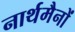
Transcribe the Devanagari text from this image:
नार्थमैनों